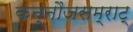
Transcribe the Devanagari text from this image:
कन्नौजसम्राट्